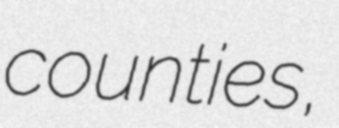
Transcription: counties,